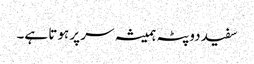
سفید دوپٹہ ہمیشہ سر پر ہوتا ہے۔